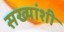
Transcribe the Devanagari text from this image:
सख्यांशी